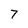
Character: 7